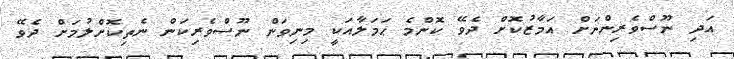
އަދި ނޫސްވެރިންނަށް އަމާޒުކޮށް ދެވޭ ކޮންމެ ޙަމަލާއަކީ މިނިވަން ނޫސްވެރިކަން ނެތިކޮށްލުމަށް ދެވޭ